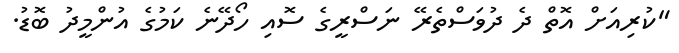
"ކުރިއަށް އޮތް ދެ ދުވަސްތެރޭ ނަސްރީގެ ސޮއި ހޯދޭނެ ކަމުގެ އުންމީދު ބޮޑު.